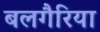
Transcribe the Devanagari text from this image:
बलगैरिया